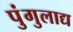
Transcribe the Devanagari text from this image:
पुंगुलाद्य